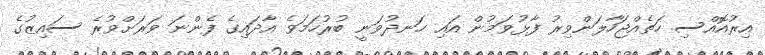
އިރުއޮއްސި ހަތެއްޖަހާލަންވިރު ފާޅުވަމުން އައި ހަނދުވަނީ ބުރުހަމަވެ އާދައިގެ ފެންނަ ވަރަށްވުރެ ސައިޒުގެ